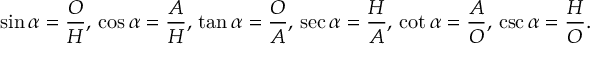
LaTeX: \sin \alpha = { \frac { O } { H } } , \, \cos \alpha = { \frac { A } { H } } , \, \tan \alpha = { \frac { O } { A } } , \, \sec \alpha = { \frac { H } { A } } , \, \cot \alpha = { \frac { A } { O } } , \, \csc \alpha = { \frac { H } { O } } .